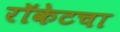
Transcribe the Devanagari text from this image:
रॉकेटचा